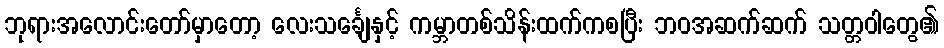
ဘုရားအလောင်းတော်မှာတော့ လေးသင်္ချေနှင့် ကမ္ဘာတစ်သိန်းထက်ကစပြီး ဘဝအဆက်ဆက် သတ္တဝါတွေ၏